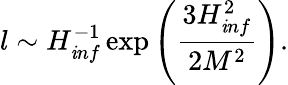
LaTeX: l\sim H_{\mathit inf}^{-1}\exp\left(\frac{3H_{\mathit inf}^{2}}{2M^{2}}\right).